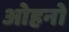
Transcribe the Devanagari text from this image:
ओहनो